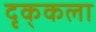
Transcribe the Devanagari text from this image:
दृक्‌कला